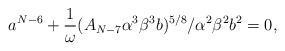
LaTeX: \begin{align*}a^{N-6}+\frac{1}{\omega} (A_{N-7}\alpha^3 \beta^3 b)^{5/8}/\alpha^2 \beta^2 b^2=0, \end{align*}